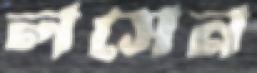
লসেন